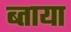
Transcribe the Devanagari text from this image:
ब्ताया